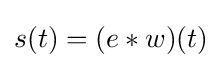
s(t)=(e*w)(t)